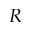
R